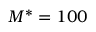
M ^ { * } = 1 0 0